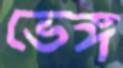
ভেঙ্গ